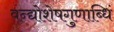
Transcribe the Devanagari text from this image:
वन्द्योशेषगुणाब्धिं